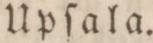
Upſala.